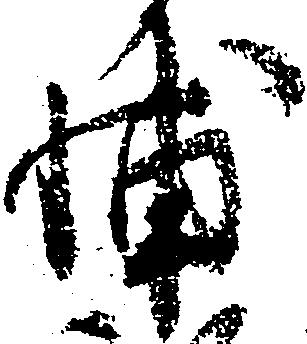
輔